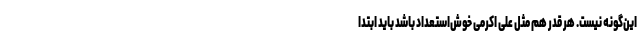
این‌گونه نیست. هر قدر هم مثل علی اکرمی خوش‌استعداد باشد باید ابتدا